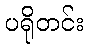
ပရိုတင်း